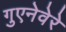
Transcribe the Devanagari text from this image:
गुएनेवेरे